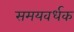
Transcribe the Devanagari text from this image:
समयवर्धक